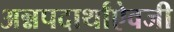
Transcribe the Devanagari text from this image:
अन्नपदार्थांऐवजी